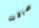
صالات